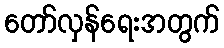
တော်လှန်ရေးအတွက်